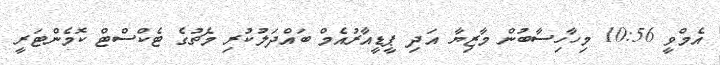
އެމްވީ 10:56 މިހާހިސާބުން މާޒިޔާ އަދި ޕީޑީއާރުއެމް ބައްދަލުކުރި މެޗުގެ ޓެކްސްޓް ކޮމެންޓަރީ